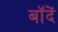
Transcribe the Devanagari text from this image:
बॉदें